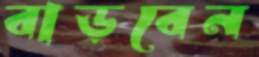
বাড়বেন